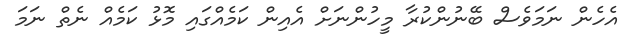
އެހެން ނަމަވެސް ބޭނުންކުރާ މީހުންނަށް އެއިން ކަމެއްގައި މޮޅު ކަމެއް ނެތް ނަމަ